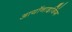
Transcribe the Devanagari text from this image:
आयॉनाइजिंग